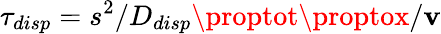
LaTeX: \tau_{disp}=s^{2}/D_{disp}\proptot\proptox/\mathbf{v}